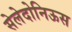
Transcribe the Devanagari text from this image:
सेलेदोनिऊस